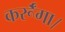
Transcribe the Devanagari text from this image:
कर्रूँगा।